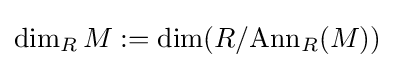
\dim _{R}M:=\dim(R/{\operatorname {Ann} _{R}(M)})